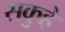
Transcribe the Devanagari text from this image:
सकुहे